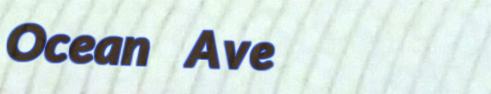
Ocean Ave